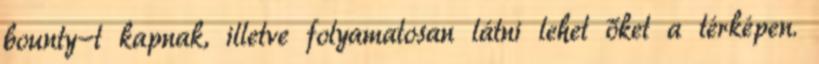
bounty-t kapnak, illetve folyamatosan látni lehet őket a térképen.